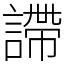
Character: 𧫚